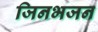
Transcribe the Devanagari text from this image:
जिनभजन